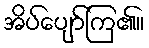
အိပ်ပျော်ကြ၏။